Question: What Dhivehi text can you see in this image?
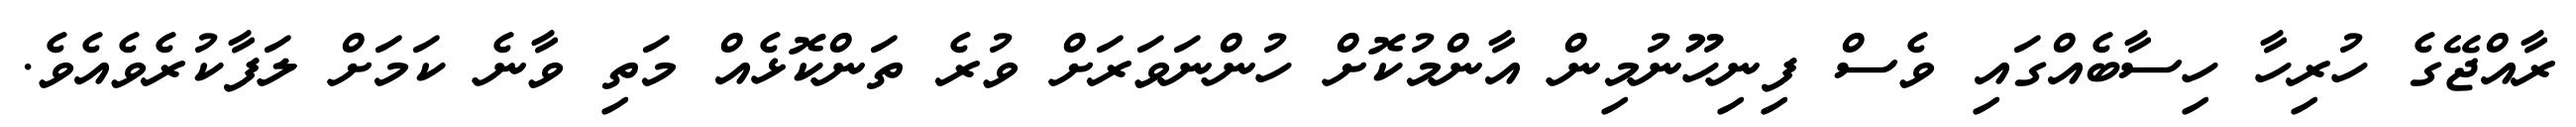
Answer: ރާއްޖޭގެ ހުރިހާ ހިސާބެއްގައި ވެސް ފިނިހޫނުމިން އާންމުކޮށް ހުންނަވަރަށް ވުރެ ތަންކޮޅެއް މަތި ވާނެ ކަމަށް ލަފާކުރެވެއެވެ.